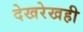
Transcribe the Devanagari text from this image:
देखरेखही